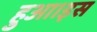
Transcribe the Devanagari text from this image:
हुआ।इस